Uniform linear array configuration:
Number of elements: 12
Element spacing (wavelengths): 0.5
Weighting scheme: blackman
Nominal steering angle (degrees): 15
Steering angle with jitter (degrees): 15.94
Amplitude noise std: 0.05
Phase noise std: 0.05

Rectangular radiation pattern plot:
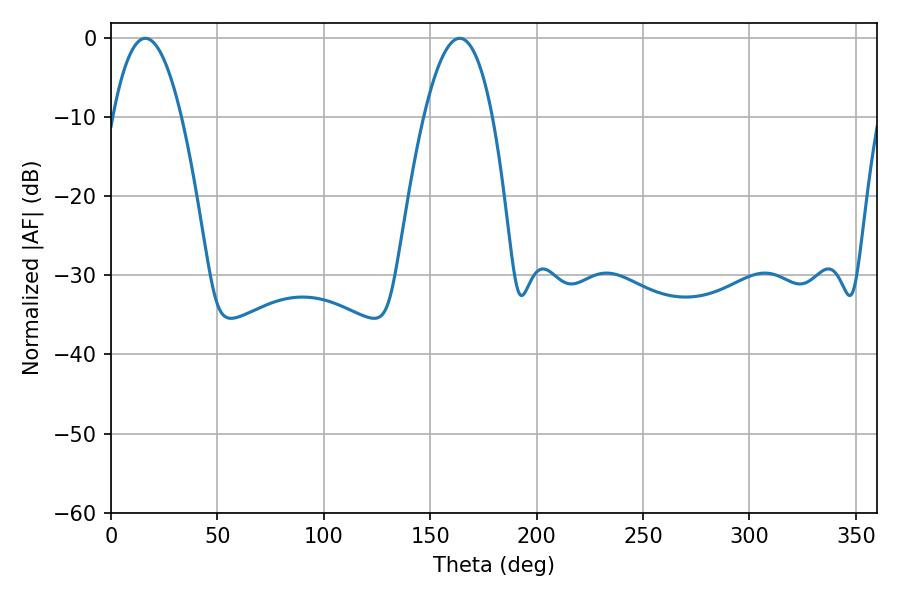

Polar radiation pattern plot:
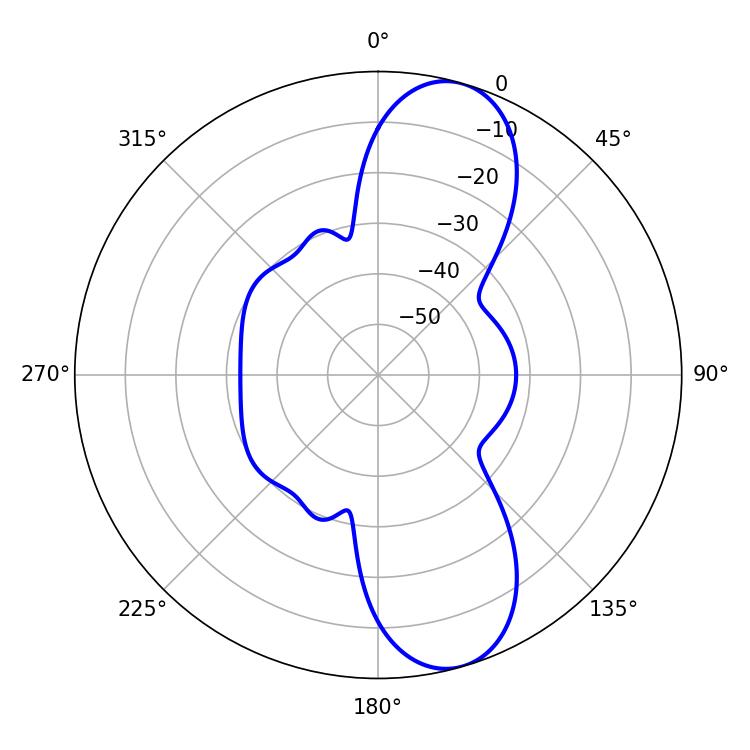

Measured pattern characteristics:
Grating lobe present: FALSE
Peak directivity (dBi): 10.276
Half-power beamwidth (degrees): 17.64
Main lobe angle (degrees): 163.8